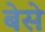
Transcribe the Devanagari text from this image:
बेसे